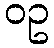
ဝဥ